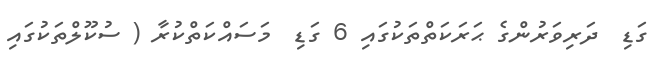
ގަޑި  ދަރިވަރުންގެ ޙަރަކަތްތަކުގައި 6 ގަޑި  މަސައްކަތްކުރާ ( ސުކޫލްތަކުގައި